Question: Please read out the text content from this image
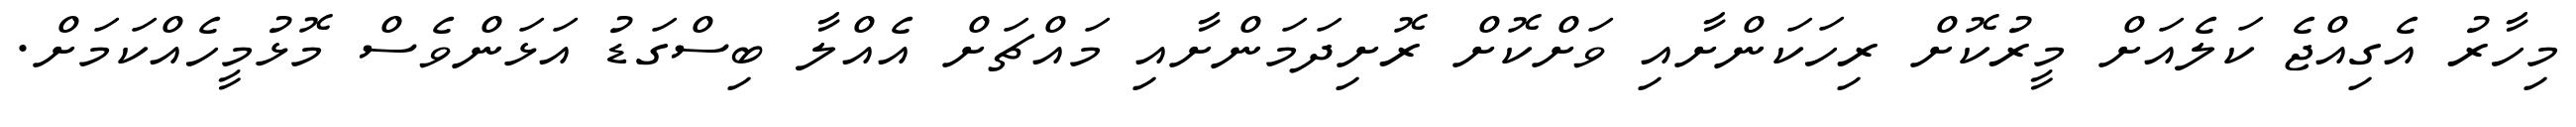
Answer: މިހާރު އެގިއްޖެ ކަލެއަށް މީރުކޮށް ރިހަކަންށާއި ވަށްކޮށް ރޮށިދަމަންށާއި މައްޗަށް އެއްލާ ބިސްގަޑު އަޅަންވެސް މޮޅުމީހެއްކަމަށް.